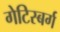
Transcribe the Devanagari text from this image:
गेटिस्बर्ग